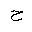
Letter: _ha